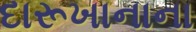
દારૂખાનાના